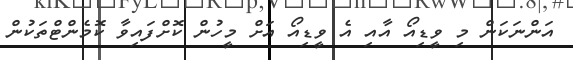
އަންނަކަން މި ވީޑިއޯ އާއި އެ ވީޑިއޯ އަށް މީހުން ކޮށްފައިވާ ކޮމެންޓްތަކުން